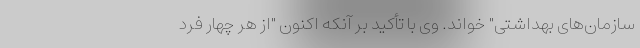
سازمان‌های بهداشتی" خواند. وی با تأکید بر آنکه اکنون "از هر چهار فرد